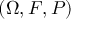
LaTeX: ( \Omega , { \cal { F } } , P )